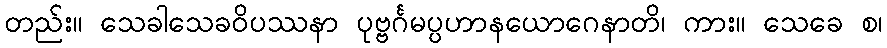
တည်း။ သေခါသေခဝိပဿနာ ပုဗ္ဗင်္ဂမပ္ပဟာနယောဂေနာတိ၊ ကား။ သေခေ စ၊